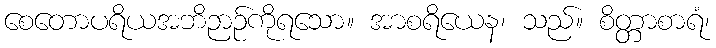
စေတောပရိယအဘိဉာဉ်ကိုရသော။ အာစရိယေန၊ သည်။ စိတ္တာစာရံ၊